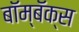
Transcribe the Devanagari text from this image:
बॉम्बॅक्स